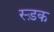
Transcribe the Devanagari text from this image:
स्ड़क